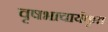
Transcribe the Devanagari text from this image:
वृषभाचार्यकृत